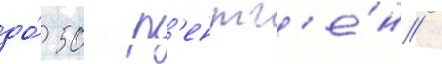
до́ 50 р'ентг'е́н /